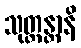
သုတ္တန္တာနိ